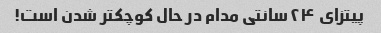
پیتزای ۲۴ سانتی مدام در حال کوچکتر شدن است!